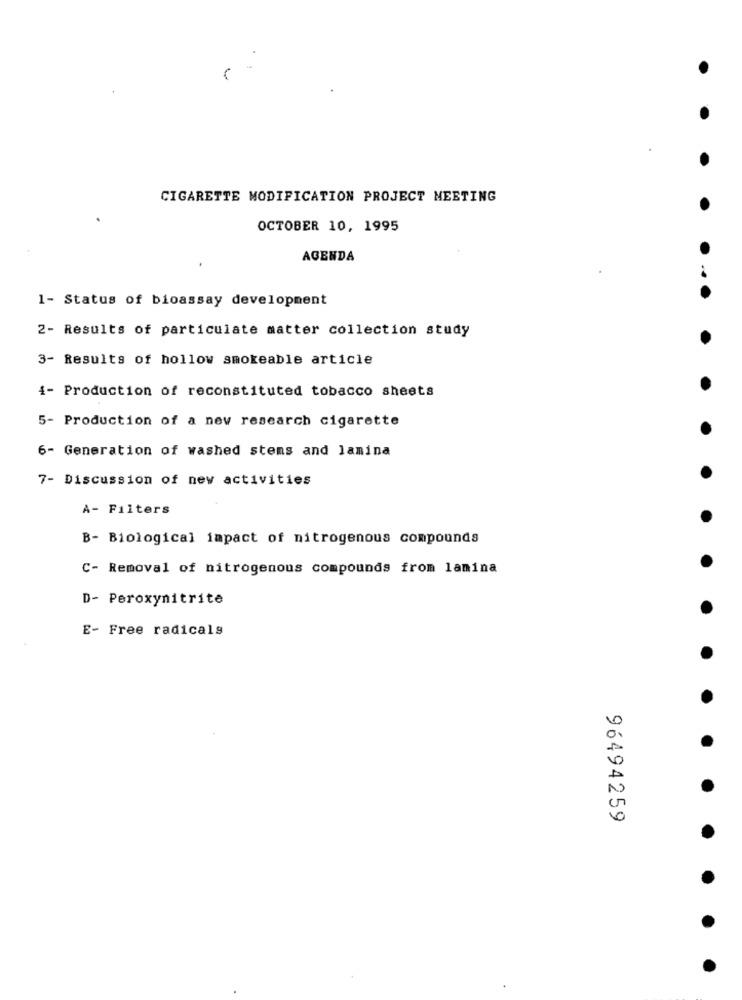
CIGARETTE MODIFICATION PROJECT MEETING
OCTOBER 10, 1995
AGENDA
1- Status of bioassay development
2- Results of particulate matter collection study
3- Results of hollow smokeable article
4- Production of reconstituted tobacco sheets
5- Production of a new research cigarette
6- Generation of washed stems and lamina
7- Discussion of new activities
A- Filters
B- Biological impact of nitrogenous compounds
C- Removal of nitrogenous compounds from lamina
D- Peroxynitrite
E- Free radicals
96494259